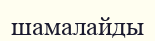
шамалайды